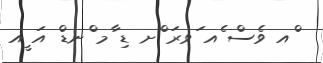
ްއ ވެސް ެއ ަވރަ ްށ ޑި ާމ ްނޑް އަ ީއ